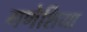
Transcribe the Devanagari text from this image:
गणेशिया